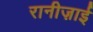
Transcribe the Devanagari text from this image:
रानीज़ाई